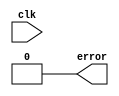
module fence(
    input wire clk,

    output wire error
);

assign error = 1'b0;

// TODO

endmodule